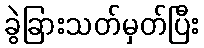
ခွဲခြားသတ်မှတ်ပြီး